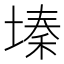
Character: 𫮔